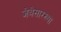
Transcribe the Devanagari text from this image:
जेबेसारख्या